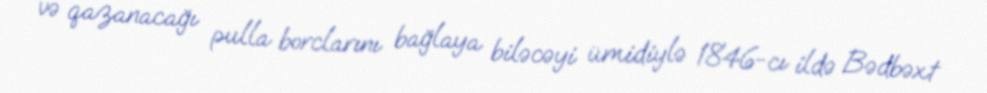
və qazanacağı pulla borclarını bağlaya biləcəyi ümidiylə 1846-cı ildə Bədbəxt